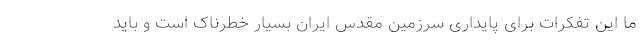
ما این تفکرات برای پایداری سرزمین مقدس ایران بسیار خطرناک است و باید